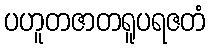
ပဟူတဇာတရူပရဇတံ